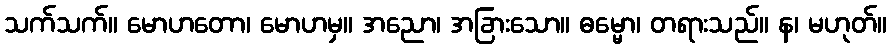
သက်သက်။ မောဟတော၊ မောဟမှ။ အညော၊ အခြားသော။ ဓမ္မော၊ တရားသည်။ န၊ မဟုတ်။